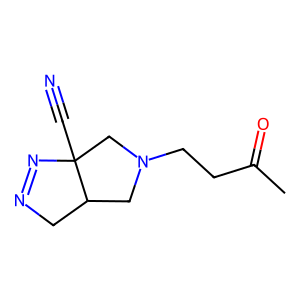
SMILES: CC(=O)CCN1CC2CN=NC2(C#N)C1
Inhibits HIV replication: No